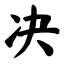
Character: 决